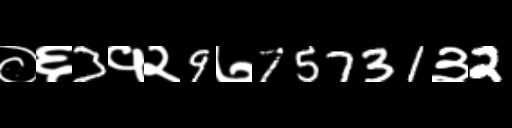
Text: ०६3१२9७75731३2